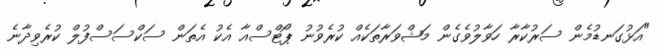
"އަޅުގަނޑުމެން ސަރުކާރާ ހަވާލުވެގެން މަޝްވަރާތަކެއް ކުރެވުނު ޕޯޓްސްއާ އެކު އެތަން ސަކްސަސްފުލް ކުރެވިދާނެ